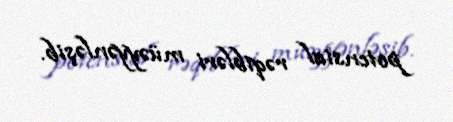
potensial rəqibləri müəyyənləşib.